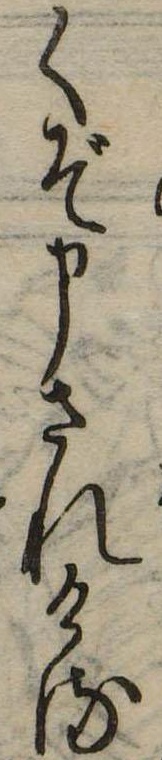
くぞ申されける